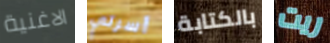
الاغنية أسرتي بالكتابة ريت